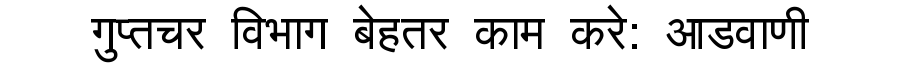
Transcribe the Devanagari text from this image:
गुप्तचर विभाग बेहतर काम करे: आडवाणी